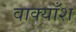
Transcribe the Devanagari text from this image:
वाक्याँश